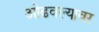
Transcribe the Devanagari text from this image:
ओढवल्यावर